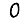
Digit: 0